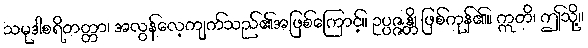
သမုဒါစရိတတ္တာ၊ အလွန်လေ့ကျက်သည်၏အဖြစ်ကြောင့်။ ဥပ္ပဇ္ဇန္တိ၊ ဖြစ်ကုန်၏။ ဣတိ၊ ဤသို့။